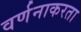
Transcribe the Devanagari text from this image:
वर्णनाकरता